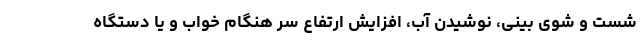
شست و شوی بینی، نوشیدن آب، افزایش ارتفاع سر هنگام خواب و یا دستگاه